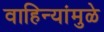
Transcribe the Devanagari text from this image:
वाहिन्यांमुळे